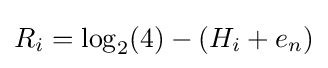
R_{i}=\log _{2}(4)-(H_{i}+e_{n})